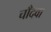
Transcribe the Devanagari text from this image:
चाँदवा